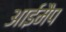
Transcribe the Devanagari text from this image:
आईमैप